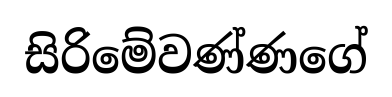
සිරිමේවණ්ණගේ